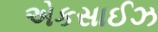
એકસાઈઝ